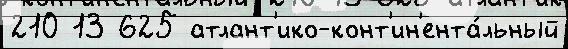
210 13 625 атлант'ико-конт'ин'ента́льный